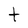
Character: t